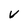
Character: v